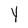
Character: Y